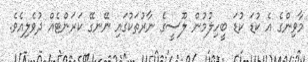
މާވިންގެ އެ ކުޑަ ކުޑަ ބީހިލުމުން ލޫސީގެ ނާރުތަކުގައި ނޭނގޭ ކަރަންޓެއް ދުވެލިއެވެ.